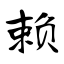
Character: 赖